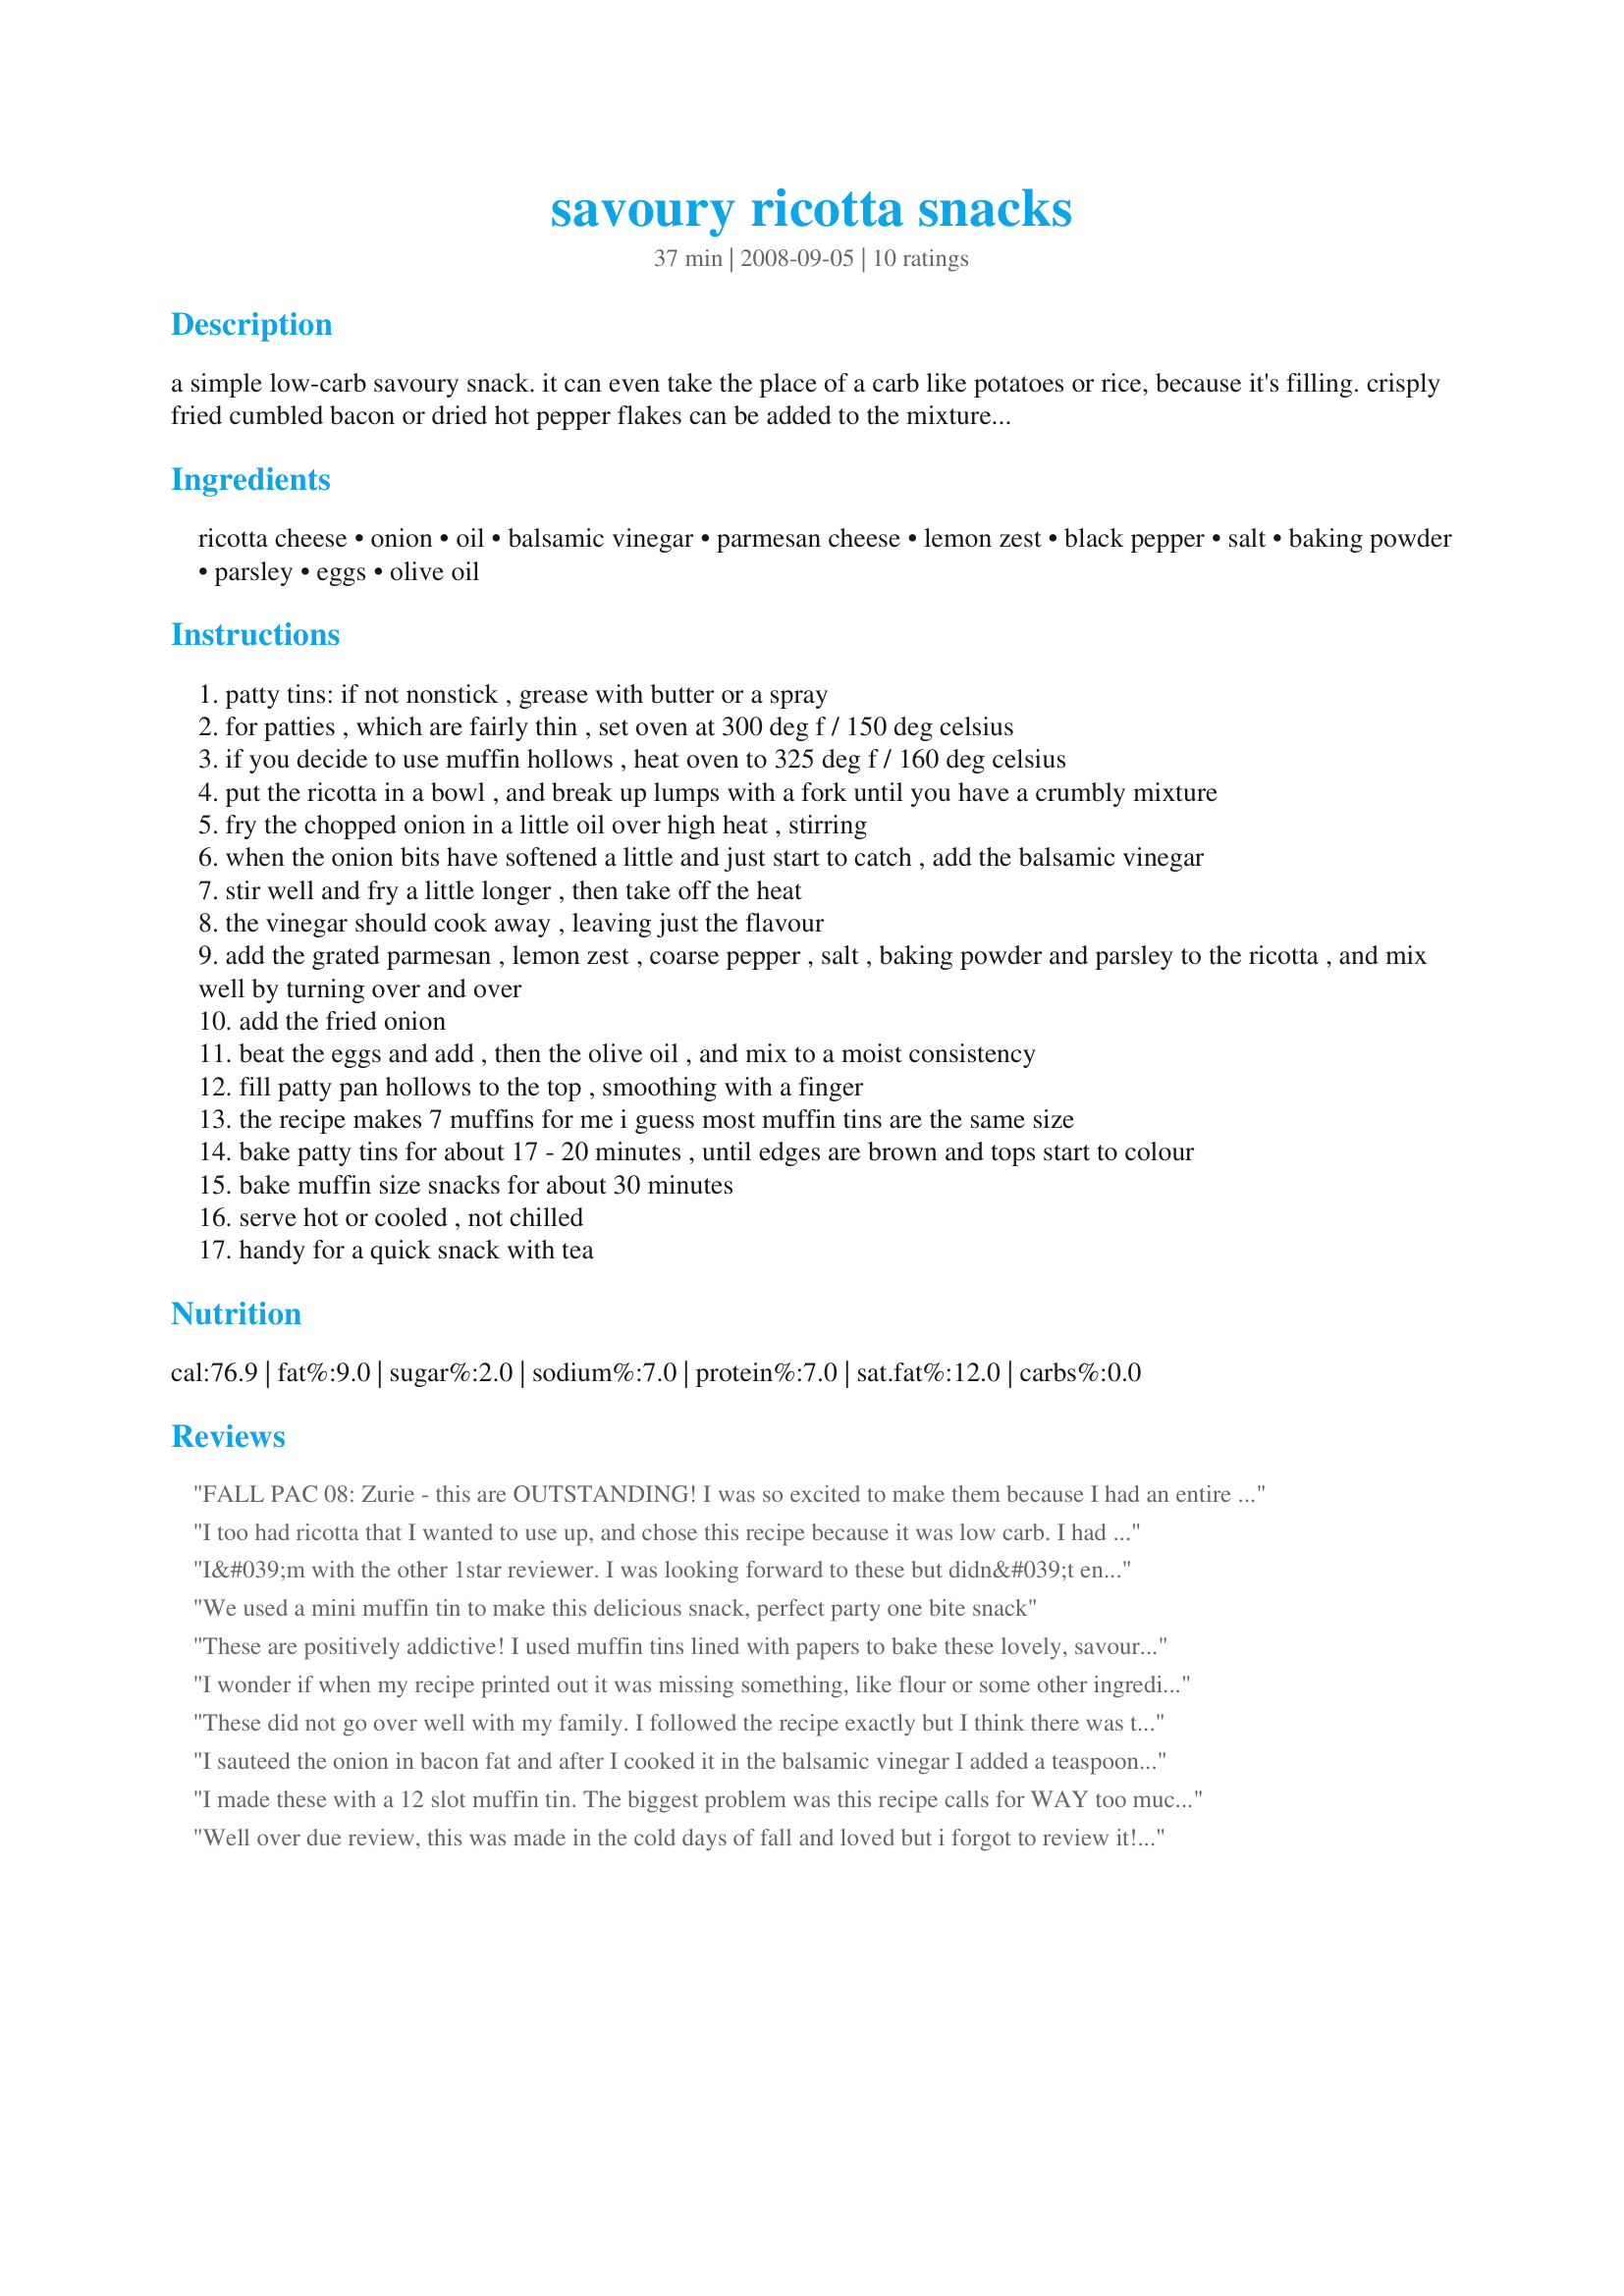
savoury ricotta snacks
Preparation time: 37 minutes

a simple low-carb savoury snack. it can even take the place of a carb like potatoes or rice, because it's filling. crisply fried cumbled bacon or dried hot pepper flakes can be added to the mixture to add more oomph. i tried my idea in muffin tins first, but they were a little large. i've made it again, using patty tins. edited: i changed my mind about the patty pans -- they were too thin, and i think muffin hollows are still the best bet.

Ingredients:
ricotta cheese, onion, oil, balsamic vinegar, parmesan cheese, lemon zest, black pepper, salt, baking powder, parsley, eggs, olive oil

Steps:
patty tins: if not nonstick , grease with butter or a spray
for patties , which are fairly thin , set oven at 300 deg f / 150 deg celsius
if you decide to use muffin hollows , heat oven to 325 deg f / 160 deg celsius
put the ricotta in a bowl , and break up lumps with a fork until you have a crumbly mixture
fry the chopped onion in a little oil over high heat , stirring
when the onion bits have softened a little and just start to catch , add the balsamic vinegar
stir well and fry a little longer , then take off the heat
the vinegar should cook away , leaving just the flavour
add the grated parmesan , lemon zest , coarse pepper , salt , baking powder and parsley to the ricotta , and mix well by turning over and over
add the fried onion
beat the eggs and add , then the olive oil , and mix to a moist consistency
fill patty pan hollows to the top , smoothing with a finger
the recipe makes 7 muffins for me i guess most muffin tins are the same size
bake patty tins for about 17 - 20 minutes , until edges are brown and tops start to colour
bake muffin size snacks for about 30 minutes
serve hot or cooled , not chilled
handy for a quick snack with tea

Reviews:
FALL PAC 08: Zurie - this are OUTSTANDING! I was so excited to make them because I had an entire container of ricotta in my fridge calling my name!! Outstanding!!
I too had ricotta that I wanted to use up, and chose this recipe because it was low carb. I had expected that I would have some leftover for a quick breakfast the next morning, but we ate the whole batch at dinner. I added some dried red pepper flakes, and used white balsamic vinegar, but otherwise followed the recipe. Instead of the patty pans I used regular non-stick muffin pans, using a medium sized muffin scoop to portion and I got twelve. The uncooked batter half filled the cups, but when baking it souffleed to fill the cup, and deflated to about 1/3-1/2 when cooled after baking. It took longer than 20 minutes to bake, but I'm not sure of the exact timing because I added an extra 3 minutes several times, and I lost count.
I&#039;m with the other 1star reviewer. I was looking forward to these but didn&#039;t enjoy them - too salty, wet consistency and the flavour just wasn&#039;t there. The lemon didn&#039;t complement the other ingredients and it tasted like some key ingredient was absent. They are obviously to the taste of some people but not me :(
We used a mini muffin tin to make this delicious snack, perfect party one bite snack
These are positively addictive! I used muffin tins lined with papers to bake these lovely, savoury, little snacks. I used sharp cheddar and baked them for 30 minutes. I should have left them in the oven for another 5 minutes as they were a little wet inside but that was my fault for not checking before removing them from the oven. The recipe yielded 10 muffins. Made for (MARCH) TOP FAVORITES OF 2008 TAG GAME.
I wonder if when my recipe printed out it was missing something, like flour or some other ingredient that would make these look more like the photos. There were half the indicated number of snacks, and I filled the muffin cups one half to two thirds full. They were oily and very salty and wet/soft, even after baking over 50 minutes. I ate two because I was half-starved, but the rest went into the trash.
These did not go over well with my family. I followed the recipe exactly but I think there was too much lemon zest for our taste.
I sauteed the onion in bacon fat and after I cooked it in the balsamic vinegar I added a teaspoon of minced garlic. It added a nice layer of flavor. I also used the red pepper flakes and sharp cheddar cheese. For my snacks I used a small cookie scoop to put the batter in my muffin tins. I also used melted butter to grease the pans. They are very soft and fluffy with brown edges. Very nice!!
I made these with a 12 slot muffin tin. The biggest problem was this recipe calls for WAY too much oil. 3 Tablespoons of olive oil is far too much. They came out soaking in oil, and that after two tablespoons of oil was added to sautee the onions. So the main thing is to cut down heavily on the oil content - just the oil used to sautee the onions is plenty - so adding even more at the end is unnecessary. Also, equal measures of salt &amp; pepper is another problem. Most professional recipes call for 1/2 of pepper use to any salt. A teaspoon of salt here is too much, so a teaspoon of pepper is WAY too much. You can do with a half teaspoon of salt and a 1/4 teaspoon of pepper.

This recipe has potential, but needs a lot of rethinking. They do need refrigeration to solidify. Agree with another poster here that these come out runny, wet and soft because there&#039;s no gluten to bind the cheeses together. We used 12 oz. of whole milk ricotta - which is creamy, not crumbly (this recipe says to break ricotta crumbles???). For the other 4 oz. we used a goat cheese - and it added a great depth of flavor. We also used rosemary and not parsley - which made it even more flavorful. But the way this is written, they surely do NOT turn out as they do in this photo. The picture here looks to have a serious amount of breading, or bread crumbs, in it to bind it that way.
Well over due review, this was made in the cold days of fall and loved but i forgot to review it! They are low carb except for me because i eat the whole batch at once!
